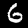
Digit: 6